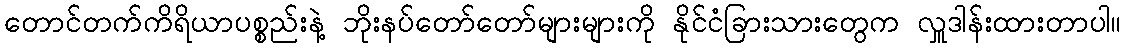
တောင်တက်ကိရိယာပစ္စည်းနဲ့ ဘိုးနပ်တော်တော်များများကို နိုင်ငံခြားသားတွေက လှူဒါန်းထားတာပါ။